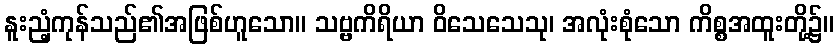
နူးညံ့ကုန်သည်၏အဖြစ်ဟူသော။ သဗ္ဗကိရိယာ ဝိသေသေသု၊ အလုံးစုံသော ကိစ္စအထူးတို့၌။